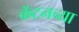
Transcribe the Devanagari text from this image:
कॅटनच्या